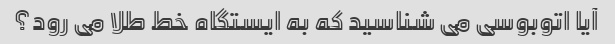
آیا اتوبوسی می شناسید که به ایستگاه خط طلا می رود؟